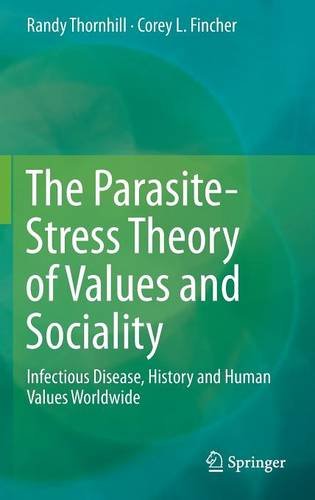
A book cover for The Parasite-Stress Theory of Values and Sociality: Infectious Disease, History and Human Values Worldwide; Randy Thornhill; Medical Books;